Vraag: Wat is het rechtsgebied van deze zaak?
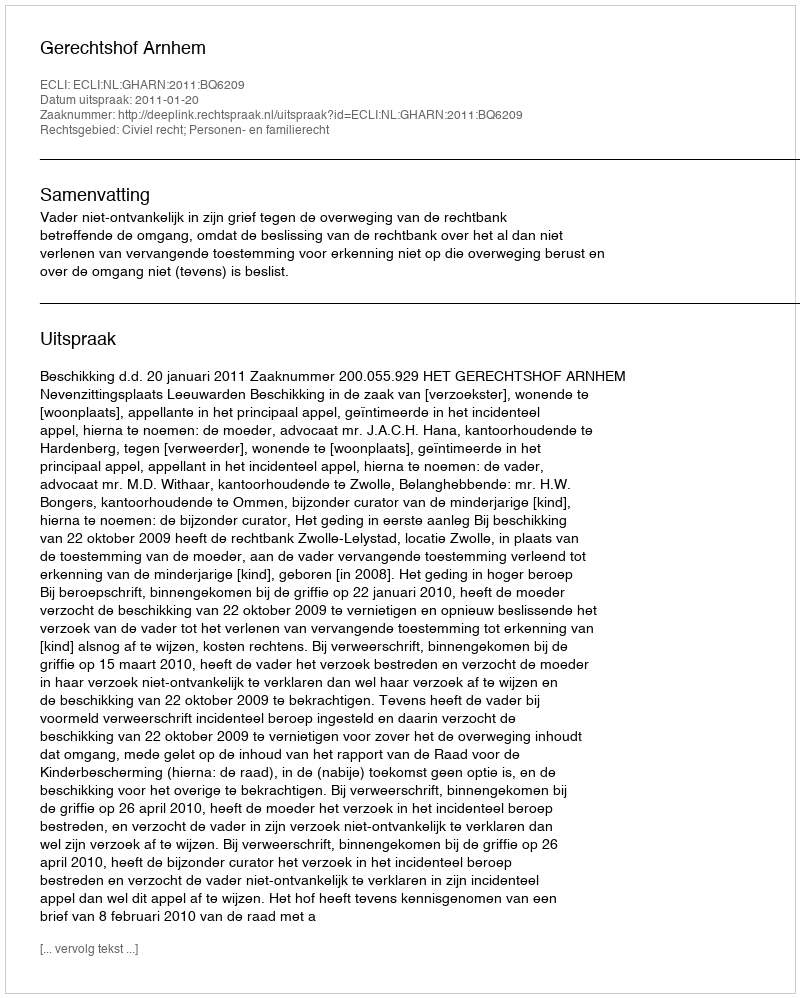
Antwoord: Civiel recht; Personen- en familierecht